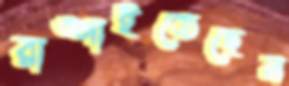
রাঙ্গাইতেছেন